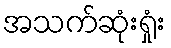
အသက်ဆုံးရှုံး